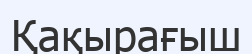
Қақырағыш